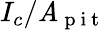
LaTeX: I_{c}/\mathit{A}_{\mathrm{{~p~i~t~}}}